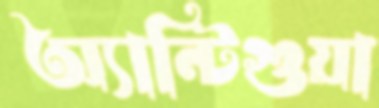
অ্যান্টিগুয়া